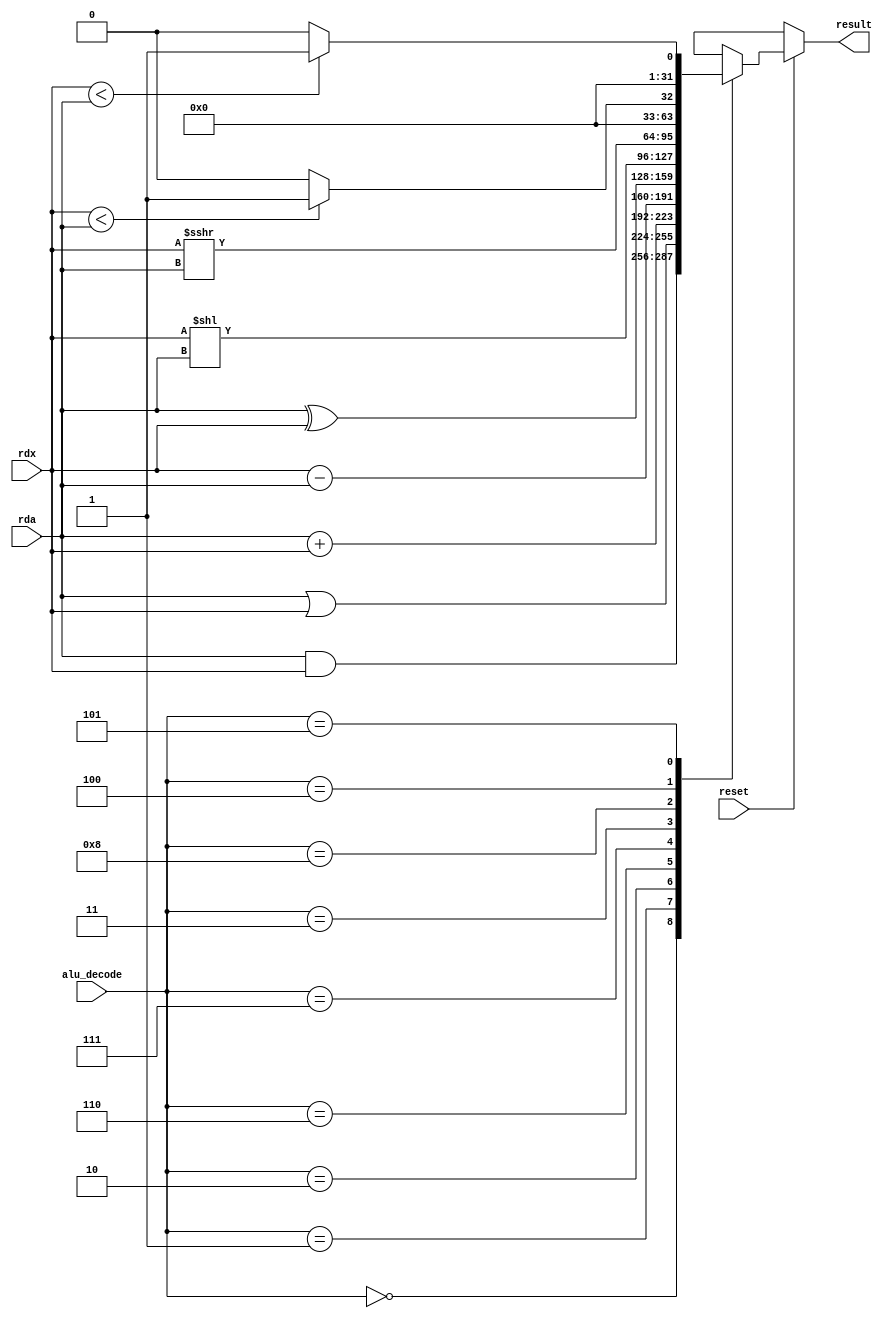
`timescale 1ns / 1ps
//////////////////////////////////////////////////////////////////////////////////
// Company: 
// Engineer: 
// 
// Design Name: 
// Module Name:    alu 
// Project Name: 
// Target Devices: 
// Tool versions: 
// Description: 
//
// Dependencies: 
//
// Revision: 
// Revision 0.01 - File Created
// Additional Comments: 
//
//////////////////////////////////////////////////////////////////////////////////
module alu (
    reset,
    alu_decode,
    rda,
    rdx,
    result
);


input reset;
input [3:0] alu_decode;
input [31:0] rda;
input [31:0] rdx;
output [31:0] result;
reg [31:0] result1;




always @(reset,alu_decode,rda,rdx) begin: ALU_OPERATION
    if ((reset == 1)) begin
        case (alu_decode)
            'h0: begin
                result1 <= (rda & rdx);
            end
            'h1: begin
                result1 <= (rda | rdx);
            end
            'h2: begin
                result1 <= (rda + rdx);
            end
            'h6: begin
                result1 <= (rdx - rda);
            end
            'h7: begin
                result1 <= (rda ^ rdx);
            end
            'h3: begin
                result1 <= (rdx << rda);
            end
            'h8: begin
                result1 <= $signed($signed(rdx >>> rda));
            end
            'h4: begin
                result1 <= ($signed(rdx) < $signed(rda)) ? 1'b1 : 1'b0;
            end
            'h5: begin
                result1 <= (rdx < rda) ? 1'b1 : 1'b0;
            end
				/*
            'h9: begin
                if ((rda[31] == 0)) begin
                    result1 = $signed($signed(rda) >>> rdx);
                end
                else if ((rda[31] == 1)) begin
                    result1 = $signed($signed(rda) >>> rdx);
                    
                    result1[32-1:(31 - $signed({1'b0, rdx}))] = 2**rdx -1;
                end
            end
				*/
		    default: 
		       result1<=32'bX;
        endcase
    end
    //
    else 
        result1<=32'bX;
    //
end
assign result=result1;
endmodule